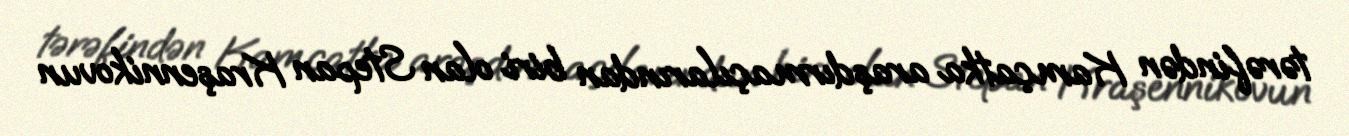
tərəfindən Kamçatka araşdırmaçılarından biri olan Stepan Kraşennikovun